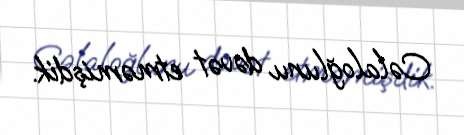
Cəlaloğlunu dəvət etməmişdik.